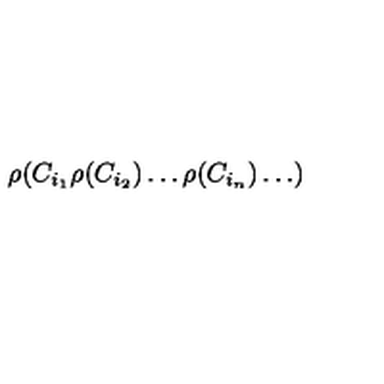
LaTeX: \rho ( C _ { i _ { 1 } } \rho ( C _ { i _ { 2 } } ) \dots \rho ( C _ { i _ { n } } ) \dots )